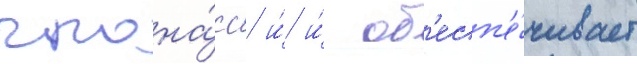
глона́сс и́ и́ об'есп'е́чивает